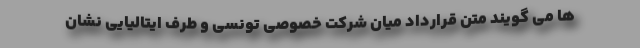
ها می گویند متن قرارداد میان شرکت خصوصی تونسی و طرف ایتالیایی نشان